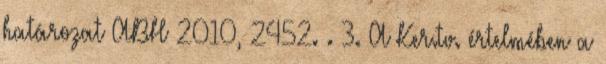
határozat ABH 2010, 2452. . 3. A Ker.tv. értelmében a